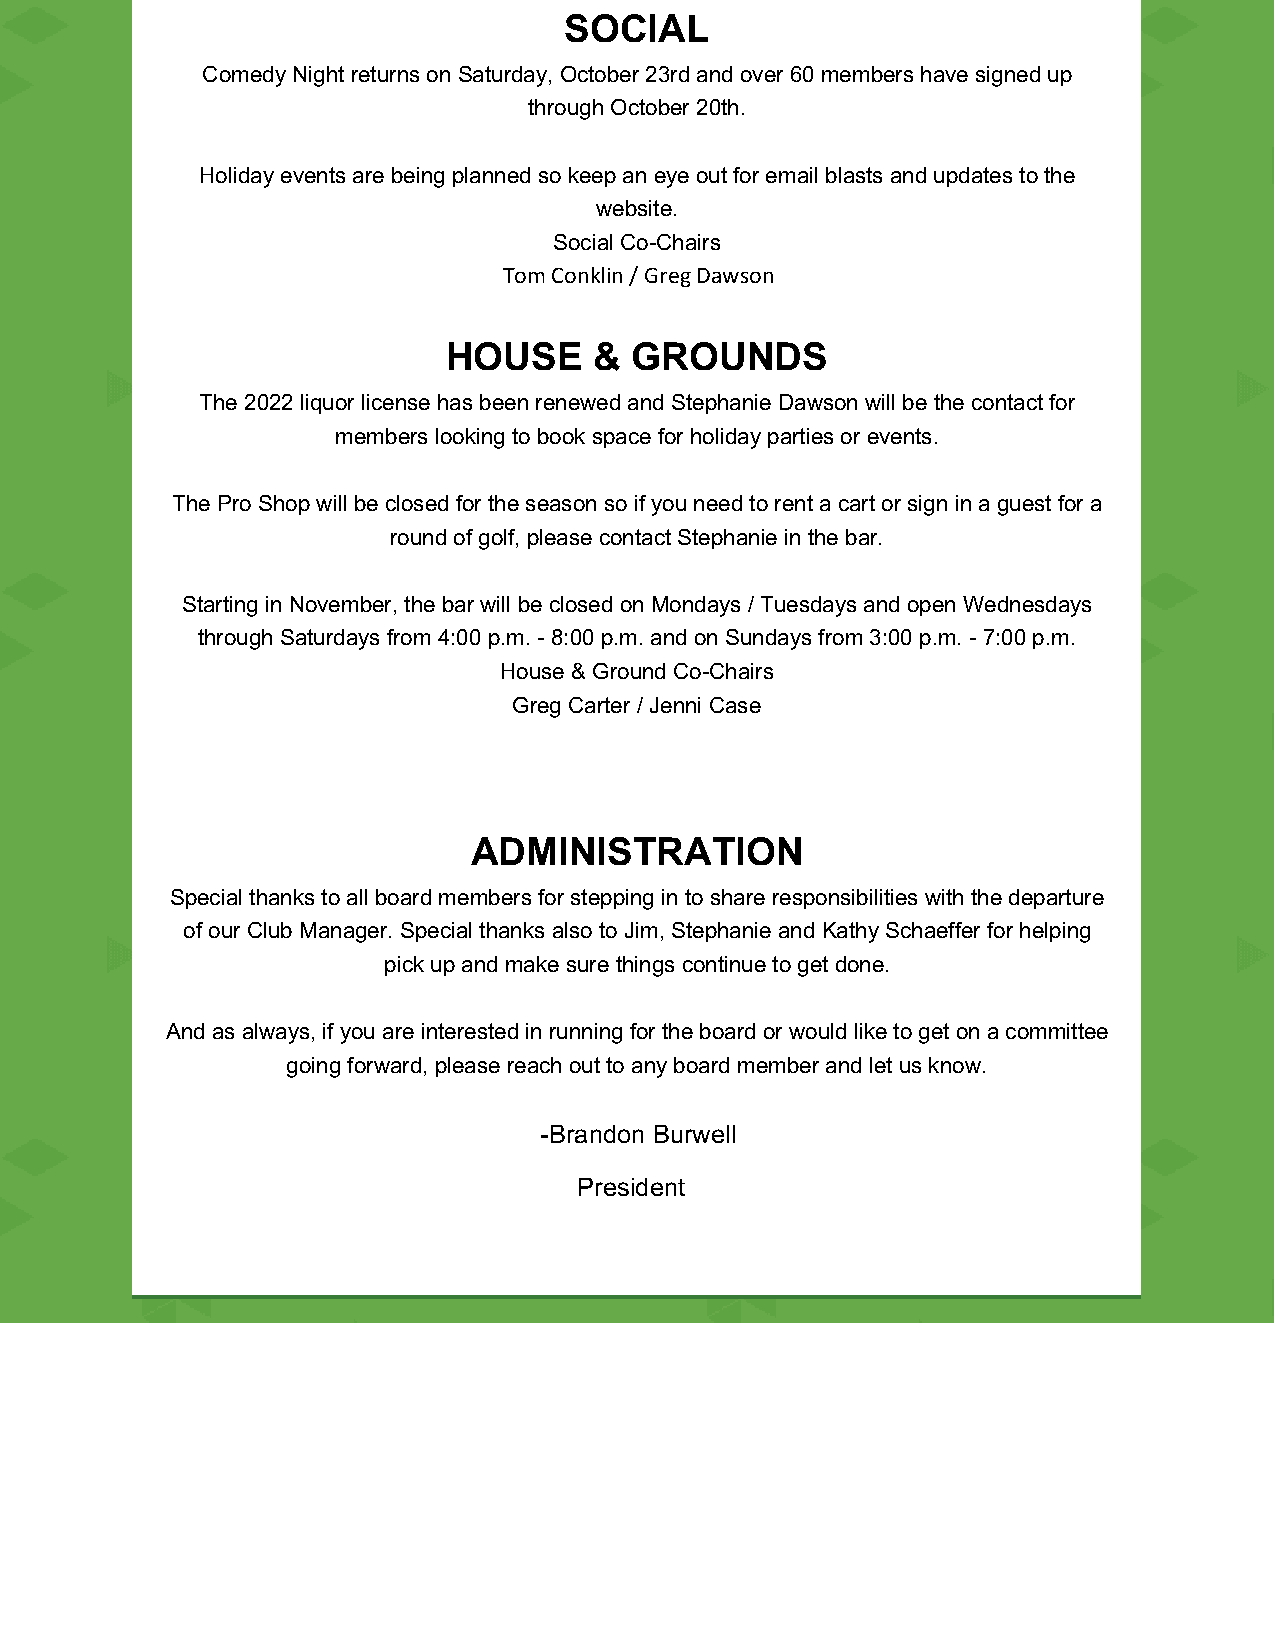
SOCIAL
 Comedy Night returns on Saturday, October 23rd and over 60 members have signed up
 through October 20th.
 Holiday events are being planned so keep an eye out for email blasts and updates to the
 website.
 Social Co-Chairs
 Tom Conklin / Greg Dawson
 HOUSE    &  GROUNDS
 The 2022 liquor license has been renewed and Stephanie Dawson will be the contact for
 members looking to book space for holiday parties or events.
 The Pro Shop will be closed for the season so if you need to rent a cart or sign in a guest for a
 round of golf, please contact Stephanie in the bar.
 Starting in November, the bar will be closed on Mondays / Tuesdays and open Wednesdays
 through Saturdays from 4:00 p.m. - 8:00 p.m. and on Sundays from 3:00 p.m. - 7:00 p.m.
 House & Ground Co-Chairs
 Greg Carter / Jenni Case
 ADMINISTRATION
 Special thanks to all board members for stepping in to share responsibilities with the departure
 of our Club Manager. Special thanks also to Jim, Stephanie and Kathy Schaeffer for helping
 pick up and make sure things continue to get done.
 And as always, if you are interested in running for the board or would like to get on a committee
 going forward, please reach out to any board member and let us know.
 -Brandon Burwell
 President